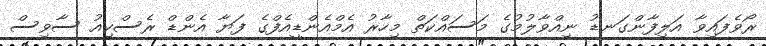
ރޯވެފައިވާ އަލިފާންގަނޑު ނިއްވާލުމުގެ މަސައްކަތް މިހާރު އެމްއެންޑީއެފްގެ ފަޔާ އެންޑް ރެސްކިއު ސާވިސް